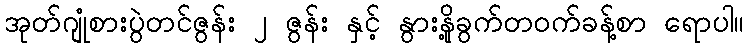
အုတ်ဂျုံစားပွဲတင်ဇွန်း ၂ ဇွန်း နှင့် နွားနို့ခွက်တဝက်ခန့်စာ ရောပါ။